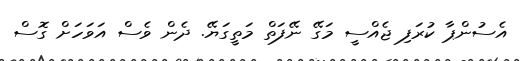
އެސުންޕާ ކުރަފި ޖެއްސީ މަގޭ ނޭފަތް މަތީގަޔޭ. ދެން ވެސް އަވަހަށް ގޮސް